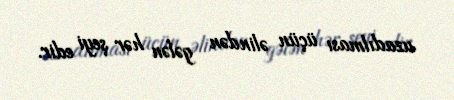
uzadılması üçün əlindən gələn hər şeyi edir.